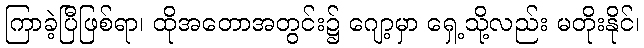
ကြာခဲ့ပြီဖြစ်ရာ၊ ထိုအတောအတွင်း၌ ဂျော့မှာ ရှေ့သို့လည်း မတိုးနိုင်၊